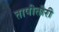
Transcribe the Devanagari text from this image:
तापीतीरी